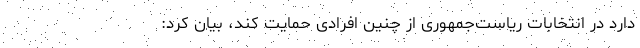
دارد در انتخابات ریاست‌جمهوری از چنین افرادی حمایت کند، بیان کرد: